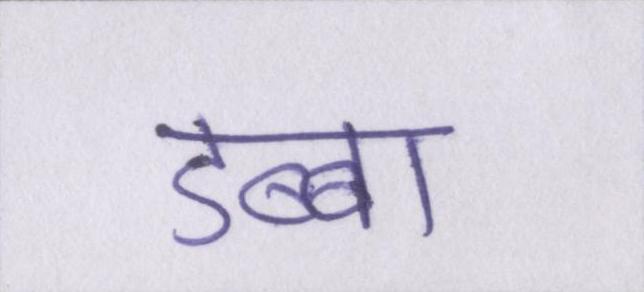
डब्बा